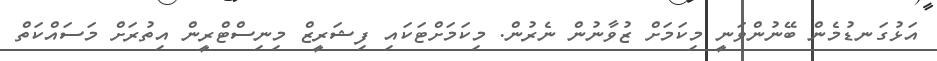
އަޅުގަނޑުމެން ބޭނުންވަނީ މިކަމަށް ޒުވާނުން ނެރުން. މިކަމަށްޓަކައި ފިޝަރީޒް މިނިސްޓްރީން އިތުރަށް މަސައްކަތް